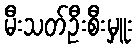
မီးသတ်ဦးစီးမှူး